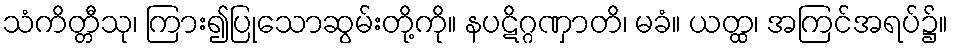
သံကိတ္တီသု၊ ကြား၍ပြုသောဆွမ်းတို့ကို။ နပဋိဂ္ဂဏှာတိ၊ မခံ။ ယတ္ထ၊ အကြင်အရပ်၌။